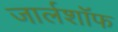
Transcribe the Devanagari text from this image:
जार्लशॉफ